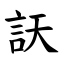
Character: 䚶